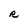
Character: R